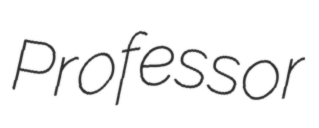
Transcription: Professor